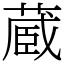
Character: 蔵